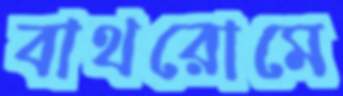
বাথরোমে